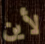
لأين